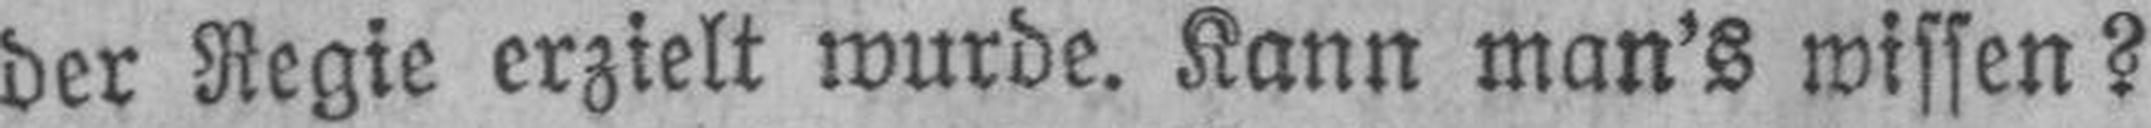
der Regie erzielt wurde. Kann man's wissen?